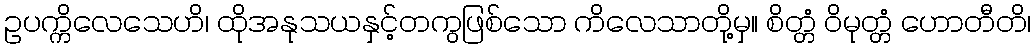
ဥပက္ကိလေသေဟိ၊ ထိုအနုသယနှင့်တကွဖြစ်သော ကိလေသာတို့မှ။ စိတ္တံ ဝိမုတ္တံ ဟောတီတိ၊